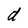
Character: d